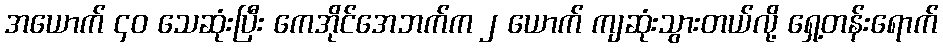
အယောက် ၄၀ သေဆုံးပြီး ကေအိုင်အေဘက်က ၂ ယောက် ကျဆုံးသွားတယ်လို့ ရှေ့တန်းရောက်